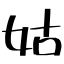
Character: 姑